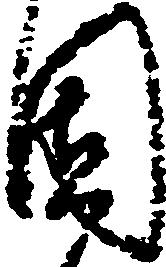
固